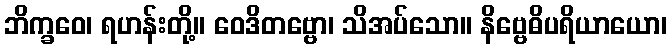
ဘိက္ခဝေ၊ ရဟန်းတို့။ ဝေဒိတဗ္ဗော၊ သိအပ်သော။ နိဗ္ဗေဓိပရိယာယော၊